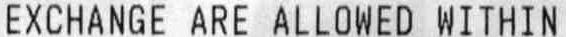
EXCHANGE ARE ALLOWED WITHIN